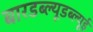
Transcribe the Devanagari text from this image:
बारडब्ल्यूडब्ल्यूई